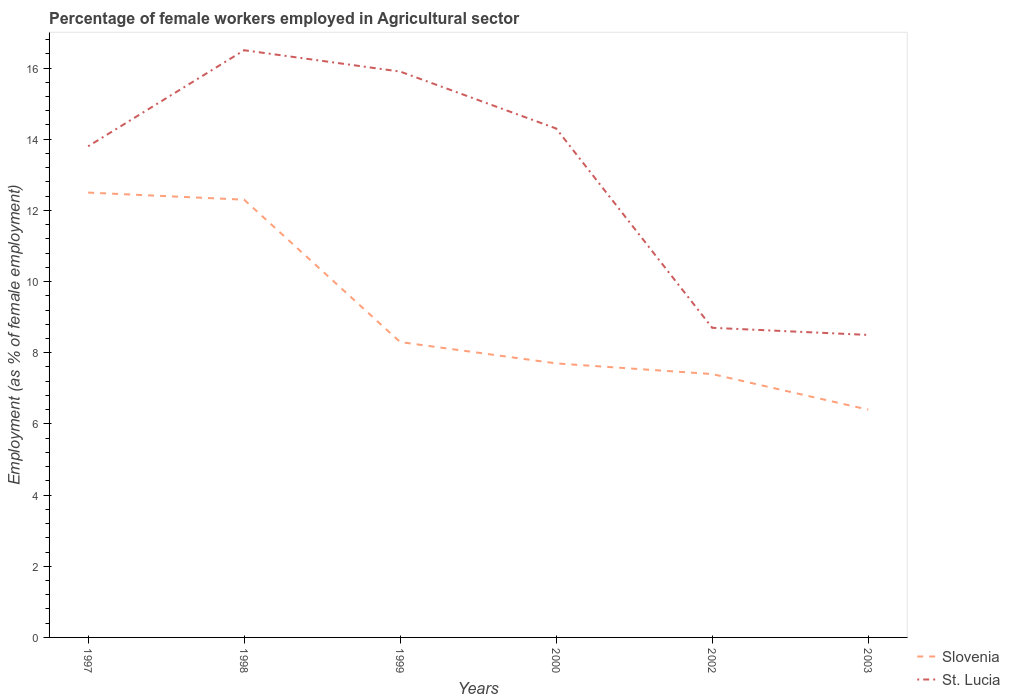
| Years | Slovenia | St. Lucia |
 | --- | --- | --- |
 | 1997 | 12.5 | 13.8 |
 | 1998 | 12.3 | 16.5 |
 | 1999 | 8.3 | 15.9 |
 | 2000 | 7.7 | 14.3 |
 | 2002 | 7.4 | 8.7 |
 | 2003 | 6.4 | 8.5 |